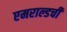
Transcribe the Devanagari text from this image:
एमराल्डची